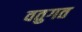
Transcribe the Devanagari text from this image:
वतुगत